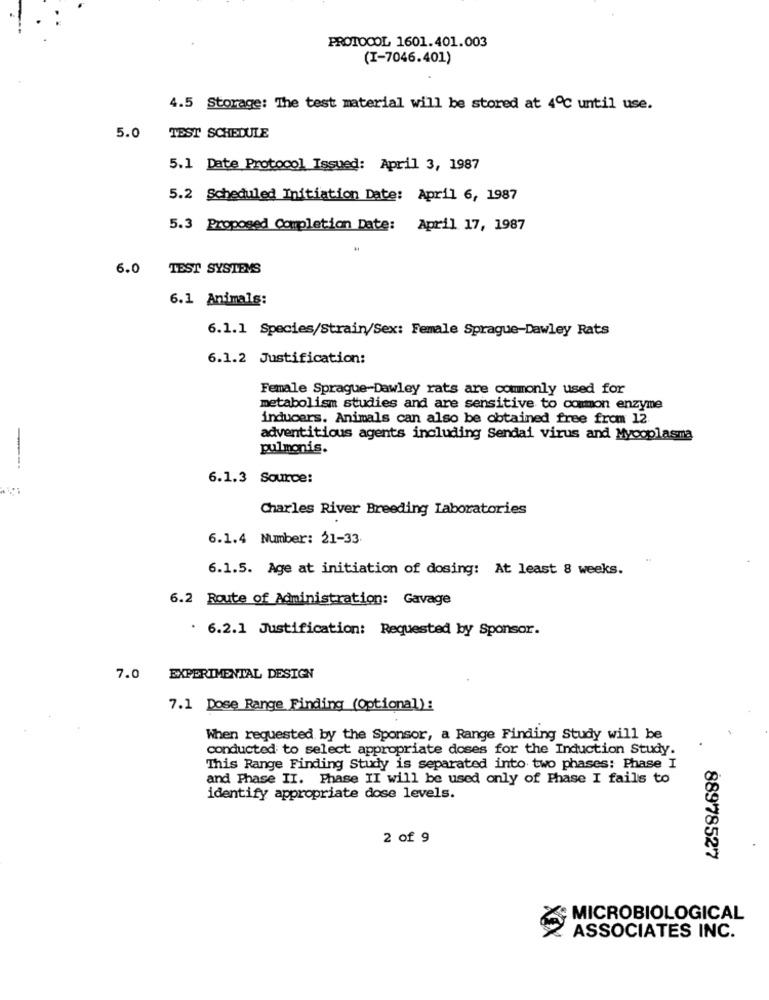
PROTOCOL 1601.401.003
(I-7046.401)
4.5 Storage: The test material will be stored at 4℃ until use.
5.0 TEST SCHEDULE
5.1 Date Protocol Issued: April 3, 1987
5.2 Scheduled Initiation Date: April 6, 1987
5.3 Proposed Completion Date: April 17, 1987
6.0 TEST SYSTEMS
6.1 Animals:
6.1.1 Species/Strain/Sex: Female Sprague-Dawley Rats
6.1.2 Justification:
Female Sprague-Dawley rats are commonly used for
metabolism studies and are sensitive to common enzyme
inducers. Animals can also be obtained free from 12.
adventitious agents including Sendai virus and Mycoplasma
pulmonis.
6.1.3 Source:
Charles River Breeding Laboratories
6.1.4 Number: 21-33
6.1.5. Age at initiation of dosing: At least 8 weeks.
6.2 Route of Administration: Gavage
. 6.2.1 Justification: Requested by Sponsor.
7.0 EXPERIMENTAL DESIGN
7.1 Dose Range Finding (Optional):
When requested by the Sponsor, a Range Finding Study will be
conducted to select appropriate doses for the Induction Study.
This Range Finding Study is separated into two phases: Phase I
and Phase II. Phase II will be used only of Phase I fails to
identify appropriate dose levels.
2 of 9
88978527
MICROBIOLOGICAL
ASSOCIATES INC.